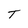
Character: T